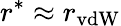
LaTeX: r^{*}\approx r_{\mathrm{vdW}}